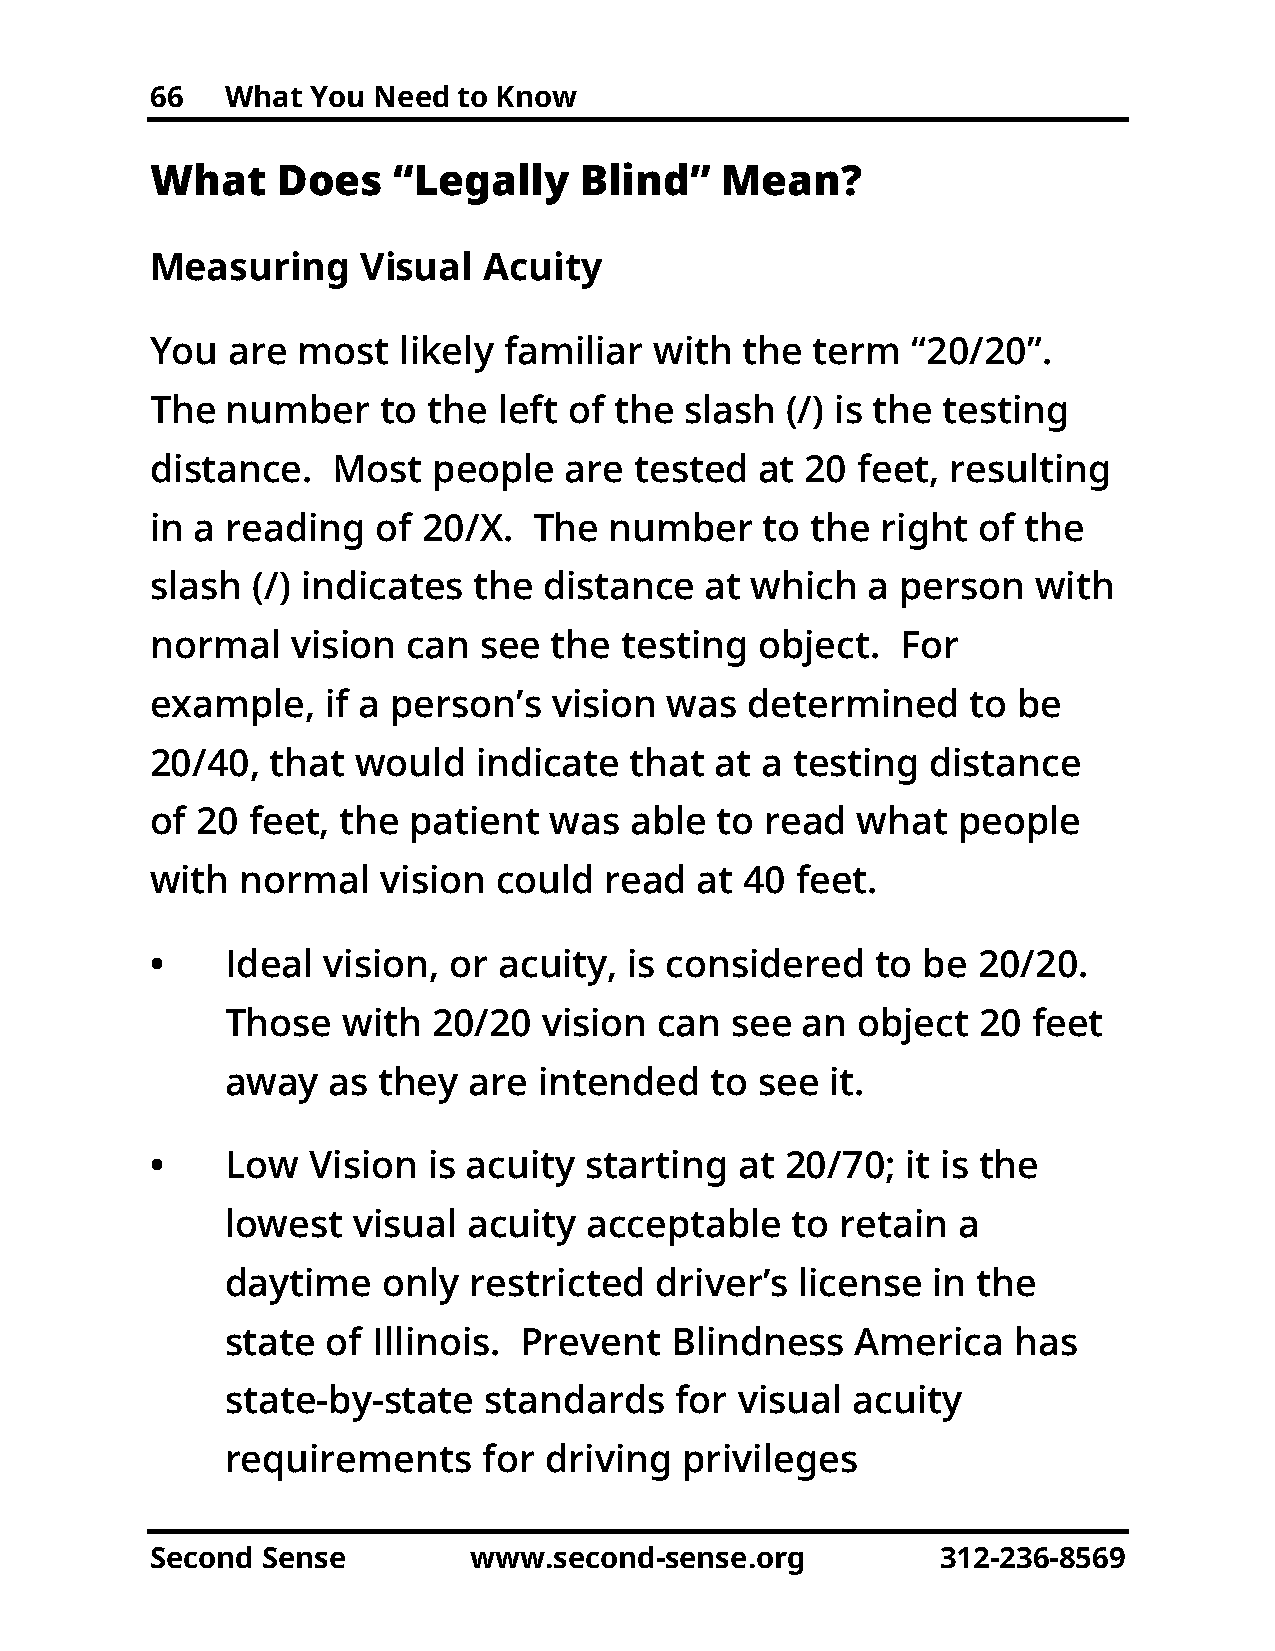
66   What  You Need to Know
 What    Does    “Legally    Blind”    Mean?
 Measuring     Visual  Acuity
 You  are  most  likely familiar  with  the  term  “20/20”.
 The  number    to the  left of the slash  (/) is the testing
 distance.   Most   people  are  tested  at 20  feet, resulting
 in a reading   of 20/X.  The  number     to the right  of the
 slash  (/) indicates the  distance   at which  a  person   with
 normal   vision  can  see  the testing  object.   For
 example,    if a person’s  vision was   determined    to be
 20/40,  that  would   indicate  that at a testing   distance
 of 20 feet,  the patient  was   able to  read  what  people
 with  normal   vision  could  read  at 40  feet.
 •    Ideal vision,  or acuity,  is considered   to be  20/20.
 Those   with  20/20  vision  can see  an  object  20 feet
 away   as they  are  intended   to see  it.
 •    Low  Vision  is acuity  starting  at 20/70;  it is the
 lowest  visual  acuity  acceptable   to  retain a
 daytime   only  restricted  driver’s  license  in the
 state  of Illinois. Prevent  Blindness    America   has
 state-by-state   standards    for visual acuity
 requirements     for driving  privileges
 Second Sense         www.second-sense.org           312-236-8569